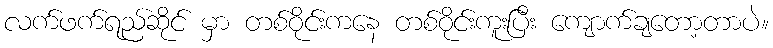
လက်ဖက်ရည်ဆိုင် မှာ တစ်ဝိုင်းကနေ တစ်ဝိုင်းကူးပြီး ကျောက်ချတော့တာပဲ။